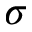
\sigma